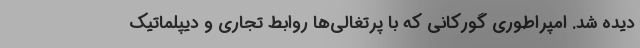
دیده شد. امپراطوری گورکانی که با پرتغالی‌ها روابط تجاری و دیپلماتیک